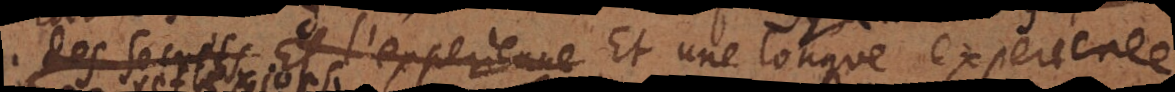
là des secrets Et l’experience Et une longue experience